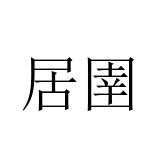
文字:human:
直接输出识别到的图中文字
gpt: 居圉